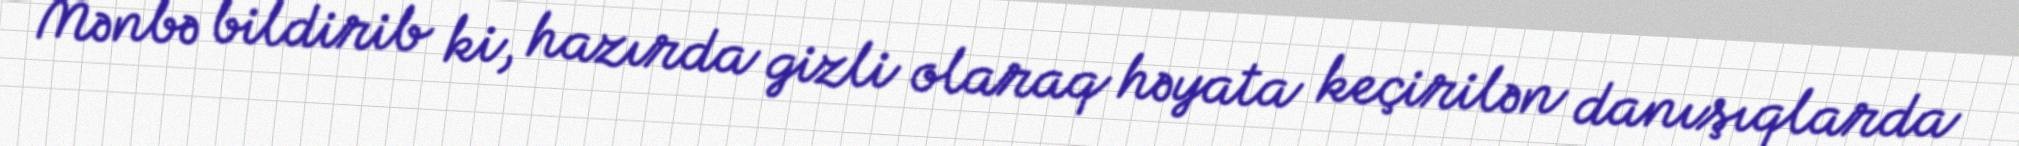
Mənbə bildirib ki, hazırda gizli olaraq həyata keçirilən danışıqlarda